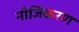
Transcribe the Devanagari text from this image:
नीजिकरण